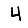
Digit: 4